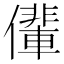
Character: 𠐡